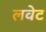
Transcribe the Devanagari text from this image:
लवेट